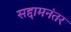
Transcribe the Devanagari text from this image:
सद्दामनंतर